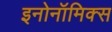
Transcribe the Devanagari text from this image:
इनोनॉमिक्स